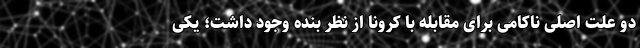
دو علت اصلی ناکامی برای مقابله با کرونا از نظر بنده وجود داشت؛ یکی